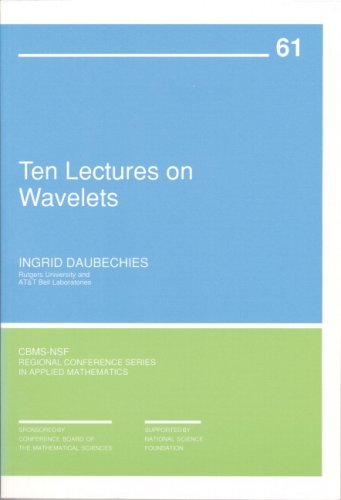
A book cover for Ten Lectures on Wavelets (CBMS-NSF Regional Conference Series in Applied Mathematics); Ingrid Daubechies; Science & Math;